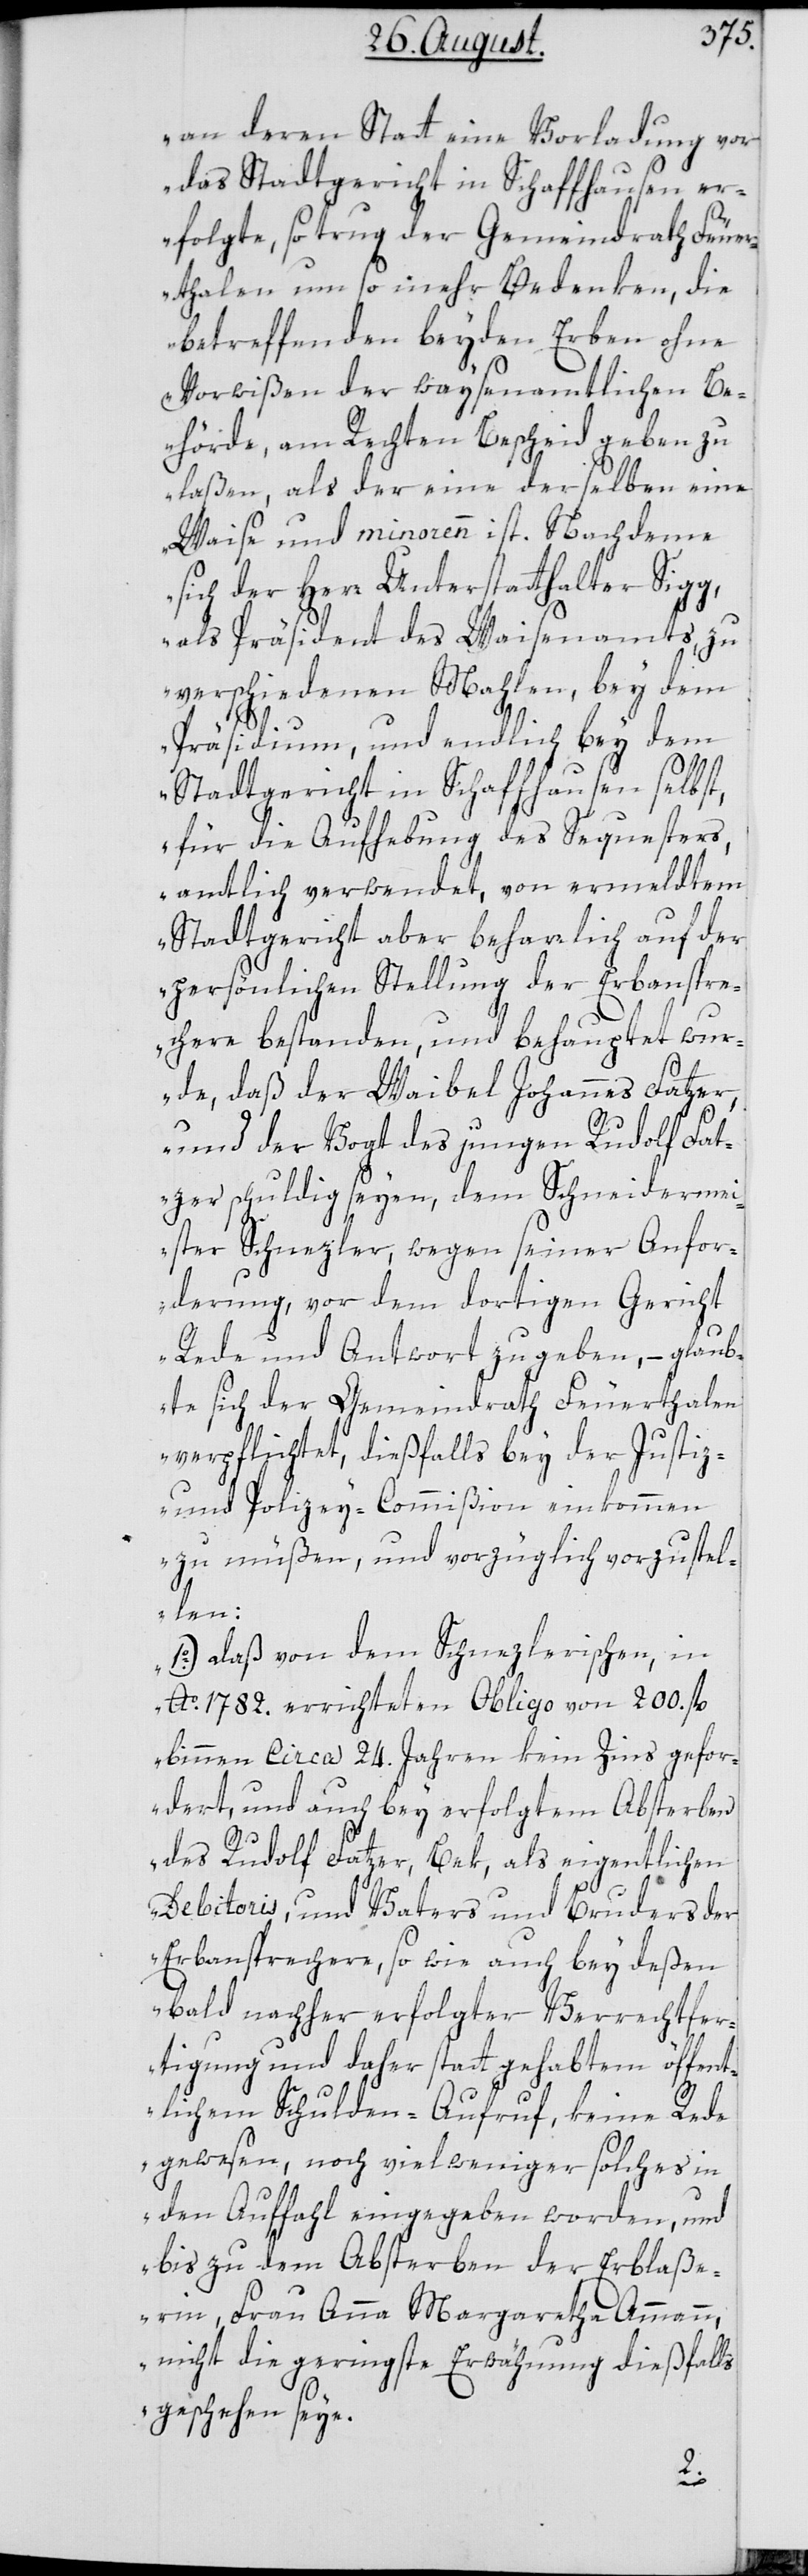
an deren Statt eine Vorladung vor
das Stadtgericht in Schaffhausen er¬
folgte, so trug der Gemeindrath Feuer¬
thalen um so mehr Bedenken, die
betreffenden beyden Erben ohne
Vorwißen der waysenamtlichen Be¬
hörde, am Rechten Bescheid geben zu
laßen, als der eine derselben eine
Waise und minorenn ist. Nachdeme
sich der Herr Unterstatthalter Sigg,
als Präsident des Waisenamts, zu
verschiedenen Mahlen, bey dem
Präsidium, und endlich bey dem
Stadtgericht in Schaffhausen selbst,
für die Aufhebung des Sequesters,
amtlich verwendet, von ermeldtem
Stadtgericht aber beharrlich auf der
persönlichen Stellung der Erbanspre¬
chere bestanden, und behauptet wur¬
de, daß der Waibel Johannes Fatzer,
und der Vogt des jungen Rudolf Fat¬
zer schuldig seyen, dem Schneidermei¬
ster Schnezler, wegen seiner Anfor¬
derung, vor dem dortigen Gericht
Rede und Antwort zu geben, – glaub¬
te sich der Gemeindrath Feuerthalen
verpflichtet, dießfalls bey der Justiz-
und Polizey-Commißion einkommen
zu müßen, und vorzüglich vorzustel¬
len:
1.) Daß von dem Schnezlerischen, in
Ao. 1782. errichteten Obligo von 200 fl.
binnen circa 24. Jahren kein Zins gefor¬
dert, und auch bey erfolgtem Absterben
des Rudolf Fatzer, Bek, als eigentlichen
Debitoris, und Vaters und Bruders der
Erbansprechere, sowie auch bey deßen
bald nachher erfolgter Verrechtfer¬
tigung und daher stattgehabten öffent¬
lichen Schulden-Aufruf, keine Rede
gewesen, noch vielweniger solches in
den Auffahl eingegeben worden, und
bis zu dem Absterben der Erblaße¬
rin, Frau Anna Margaretha Ammann,
nicht die geringste Erwähnung dießfalls
geschehen seye.